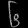
Digit: ၆